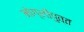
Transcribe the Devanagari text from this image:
मोग्लीपुत्त